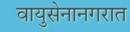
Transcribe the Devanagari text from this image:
वायुसेनानगरात